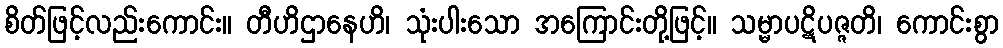
စိတ်ဖြင့်လည်းကောင်း။ တီဟိဌာနေဟိ၊ သုံးပါးသော အကြောင်းတို့ဖြင့်။ သမ္မာပဋိပဇ္ဇတိ၊ ကောင်းစွာ